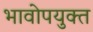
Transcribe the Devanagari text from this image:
भावोपयुक्त